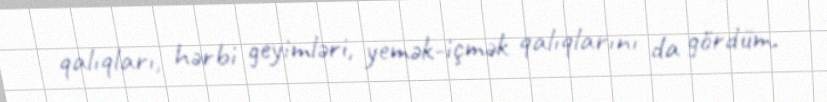
qalıqları, hərbi geyimləri, yemək-içmək qalıqlarını da gördüm.